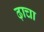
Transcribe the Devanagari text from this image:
ढ़ाचा